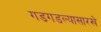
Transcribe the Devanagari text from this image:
गडगडल्यासारखे